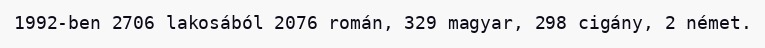
1992-ben 2706 lakosából 2076 román, 329 magyar, 298 cigány, 2 német.